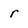
Character: r